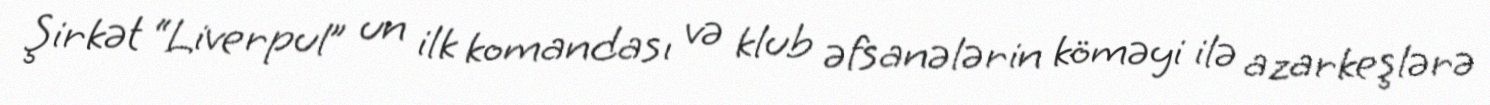
Şirkət “Liverpul” un ilk komandası və klub əfsanələrin köməyi ilə azarkeşlərə